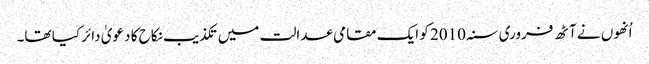
اُنھوں نے آٹھ فروری سنہ 2010 کو ایک مقامی عدالت میں تکذیب نکاح کا دعویٰ دائر کیا تھا۔